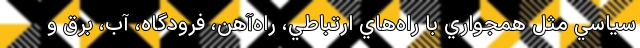
سياسي مثل همجواري با راه‌هاي ارتباطي، راه‌آهن، فرودگاه، آب، برق و